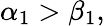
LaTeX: \alpha_{1}>\beta_{1},